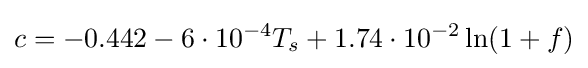
c=-0.442-6\cdot 10^{-4}T_{s}+1.74\cdot 10^{-2}\ln(1+f)